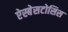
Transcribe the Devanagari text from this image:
ऐस्बेसटोसिस